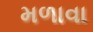
મળાવા